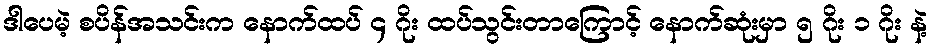
ဒါပေမဲ့ စပိန်အသင်းက နောက်ထပ် ၄ ဂိုး ထပ်သွင်းတာကြောင့် နောက်ဆုံးမှာ ၅ ဂိုး ၁ ဂိုး နဲ့